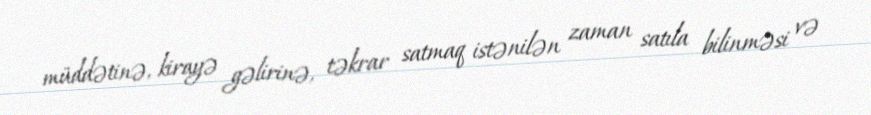
müddətinə, kirayə gəlirinə, təkrar satmaq istənilən zaman satıla bilinməsi və